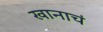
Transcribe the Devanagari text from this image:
खानाचं